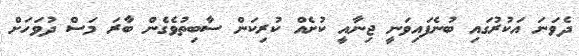
ދެވަނަ އަކުރުގައި ބުނެފައިވަނީ ޖިނާއީ ކުށެއް ކުރިކަން ސާބިތުވެގެން ބާރަ މަސް ދުވަހަށް